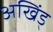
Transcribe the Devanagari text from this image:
अखिंड्